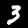
Label: 3